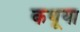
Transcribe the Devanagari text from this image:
कथूया